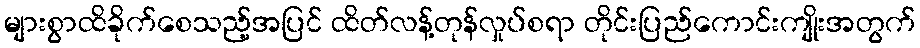
များစွာထိခိုက်စေသည့်အပြင် ထိတ်လန့်တုန်လှုပ်စရာ တိုင်းပြည်ကောင်းကျိုးအတွက်